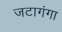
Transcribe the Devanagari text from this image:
जटागंगा